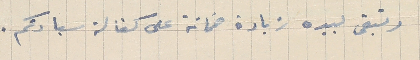
وتبقى بيده زيادة ضمانة على كفالة سيادتكم.